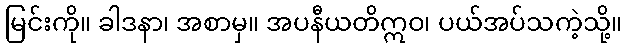
မြင်းကို။ ခါဒနာ၊ အစာမှ။ အပနီယတိဣဝ၊ ပယ်အပ်သကဲ့သို့။